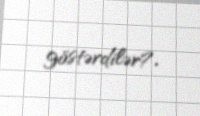
göstərdilər?.